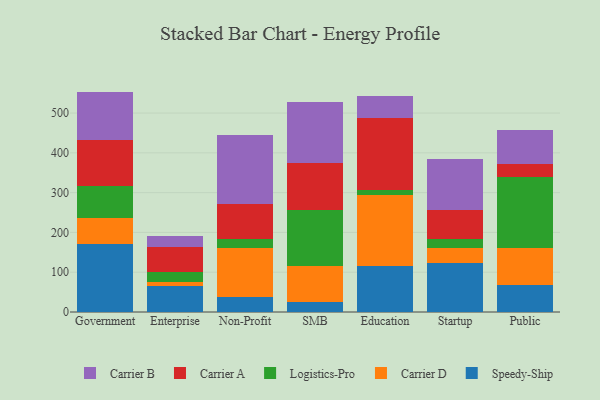
{"axis": {"x": "Segment", "y": "Revenue (USD Million)"}, "legend": ["Carrier A", "Carrier B", "Carrier D", "Logistics-Pro", "Speedy-Ship"], "data": [{"x": "Government", "y": 171.8, "type": "Speedy-Ship"}, {"x": "Government", "y": 64.7, "type": "Carrier D"}, {"x": "Government", "y": 81.0, "type": "Logistics-Pro"}, {"x": "Government", "y": 114.6, "type": "Carrier A"}, {"x": "Government", "y": 121.8, "type": "Carrier B"}, {"x": "Enterprise", "y": 66.1, "type": "Speedy-Ship"}, {"x": "Enterprise", "y": 8.7, "type": "Carrier D"}, {"x": "Enterprise", "y": 26.2, "type": "Logistics-Pro"}, {"x": "Enterprise", "y": 61.8, "type": "Carrier A"}, {"x": "Enterprise", "y": 29.4, "type": "Carrier B"}, {"x": "Non-Profit", "y": 38.8, "type": "Speedy-Ship"}, {"x": "Non-Profit", "y": 123.1, "type": "Carrier D"}, {"x": "Non-Profit", "y": 20.8, "type": "Logistics-Pro"}, {"x": "Non-Profit", "y": 89.8, "type": "Carrier A"}, {"x": "Non-Profit", "y": 171.3, "type": "Carrier B"}, {"x": "SMB", "y": 24.5, "type": "Speedy-Ship"}, {"x": "SMB", "y": 92.2, "type": "Carrier D"}, {"x": "SMB", "y": 138.7, "type": "Logistics-Pro"}, {"x": "SMB", "y": 120.1, "type": "Carrier A"}, {"x": "SMB", "y": 151.4, "type": "Carrier B"}, {"x": "Education", "y": 115.6, "type": "Speedy-Ship"}, {"x": "Education", "y": 177.7, "type": "Carrier D"}, {"x": "Education", "y": 14.2, "type": "Logistics-Pro"}, {"x": "Education", "y": 179.1, "type": "Carrier A"}, {"x": "Education", "y": 56.1, "type": "Carrier B"}, {"x": "Startup", "y": 123.5, "type": "Speedy-Ship"}, {"x": "Startup", "y": 36.6, "type": "Carrier D"}, {"x": "Startup", "y": 23.2, "type": "Logistics-Pro"}, {"x": "Startup", "y": 72.0, "type": "Carrier A"}, {"x": "Startup", "y": 128.4, "type": "Carrier B"}, {"x": "Public", "y": 68.1, "type": "Speedy-Ship"}, {"x": "Public", "y": 92.2, "type": "Carrier D"}, {"x": "Public", "y": 177.8, "type": "Logistics-Pro"}, {"x": "Public", "y": 33.1, "type": "Carrier A"}, {"x": "Public", "y": 86.5, "type": "Carrier B"}]}